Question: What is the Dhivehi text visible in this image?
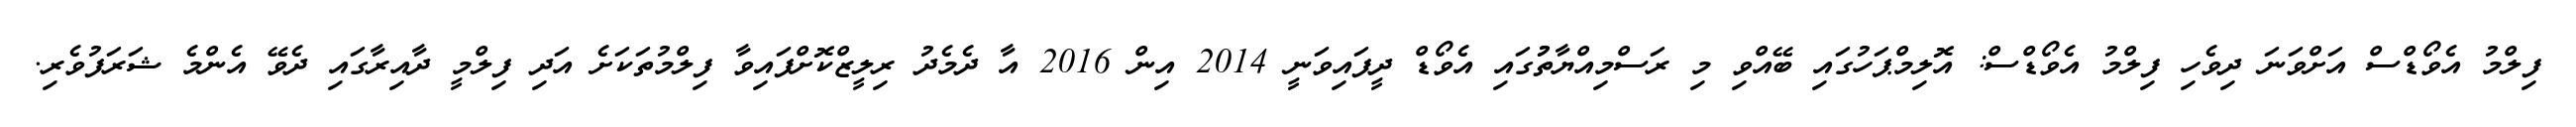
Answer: ފިލްމު އެވޯޑްސް އަށްވަނަ ދިވެހި ފިލްމު އެވޯޑްސް: އޮލިމްޕަހުގައި ބޭއްވި މި ރަސްމިއްޔާތުުގައި އެވޯޑް ދީފައިވަނީ 2014 އިން 2016 އާ ދެމެދު ރިލީޒްކޮށްފައިވާ ފިލްމުތަކަށެ އަދި ފިލްމީ ދާއިރާގައި ދެވޭ އެންމެ ޝަރަފުވެރި.